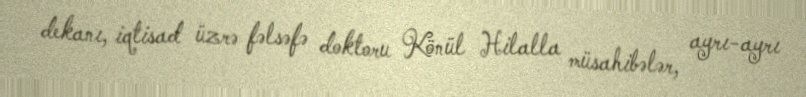
dekanı, iqtisad üzrə fəlsəfə doktoru Könül Hilalla müsahibələr, ayrı-ayrı